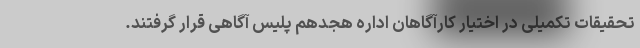
تحقیقات تکمیلی در اختیار کارآگاهان اداره هجدهم پلیس آگاهی قرار گرفتند.